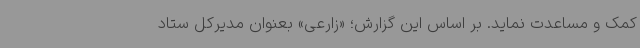
کمک و مساعدت نماید. بر اساس این گزارش؛ «زارعی» بعنوان مدیرکل ستاد